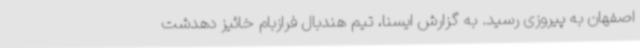
اصفهان به پیروزی رسید. به گزارش ایسنا، تیم هندبال فرازبام خائیز دهدشت